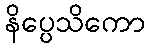
နိပ္ပေသိကော